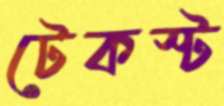
টেকস্ট